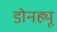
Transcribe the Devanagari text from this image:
डोनह्यू